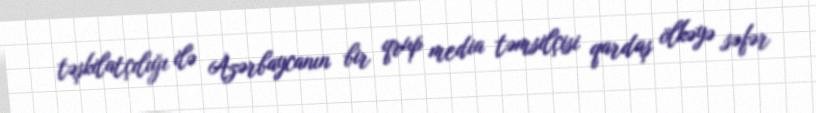
təşkilatçılığı ilə Azərbaycanın bir qrup media təmsilçisi qardaş ölkəyə səfər